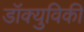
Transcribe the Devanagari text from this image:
डॉक्युविकी